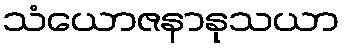
သံယောဇနာနုသယာ